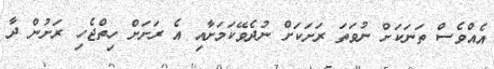
އެއްވެސް ތަނަކަށް ނުވަތަ ރަށަކަށް ނުދެވޭކަމަށާއި އެ ރަށަށް ހިތްޖެހި ރަށުން ދާ